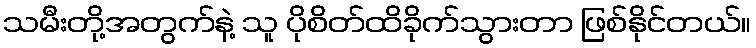
သမီးတို့အတွက်နဲ့ သူ ပိုစိတ်ထိခိုက်သွားတာ ဖြစ်နိုင်တယ်။